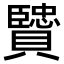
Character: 贒